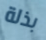
بذلة